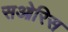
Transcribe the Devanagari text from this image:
सओरिस